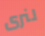
لنرى